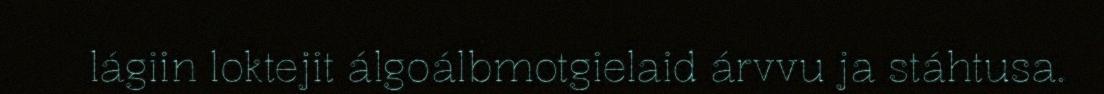
lágiin loktejit álgoálbmotgielaid árvvu ja stáhtusa.